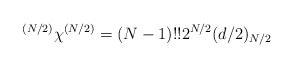
\begin{align*}^{(N/2)}\chi^{(N/2)}= (N-1)!! 2^{N/2} (d/2)_{N/2} \end{align*}